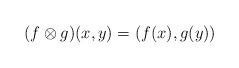
LaTeX: \begin{align*}(f\otimes g)(x,y) = (f(x), g(y))\end{align*}